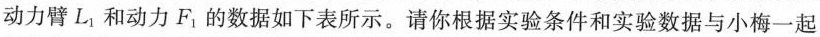
动力臂L_{1}和动力F_{1}的数据如下表所示。请你根据实验条件和实验数据与小梅一起